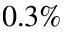
0 . 3 \%